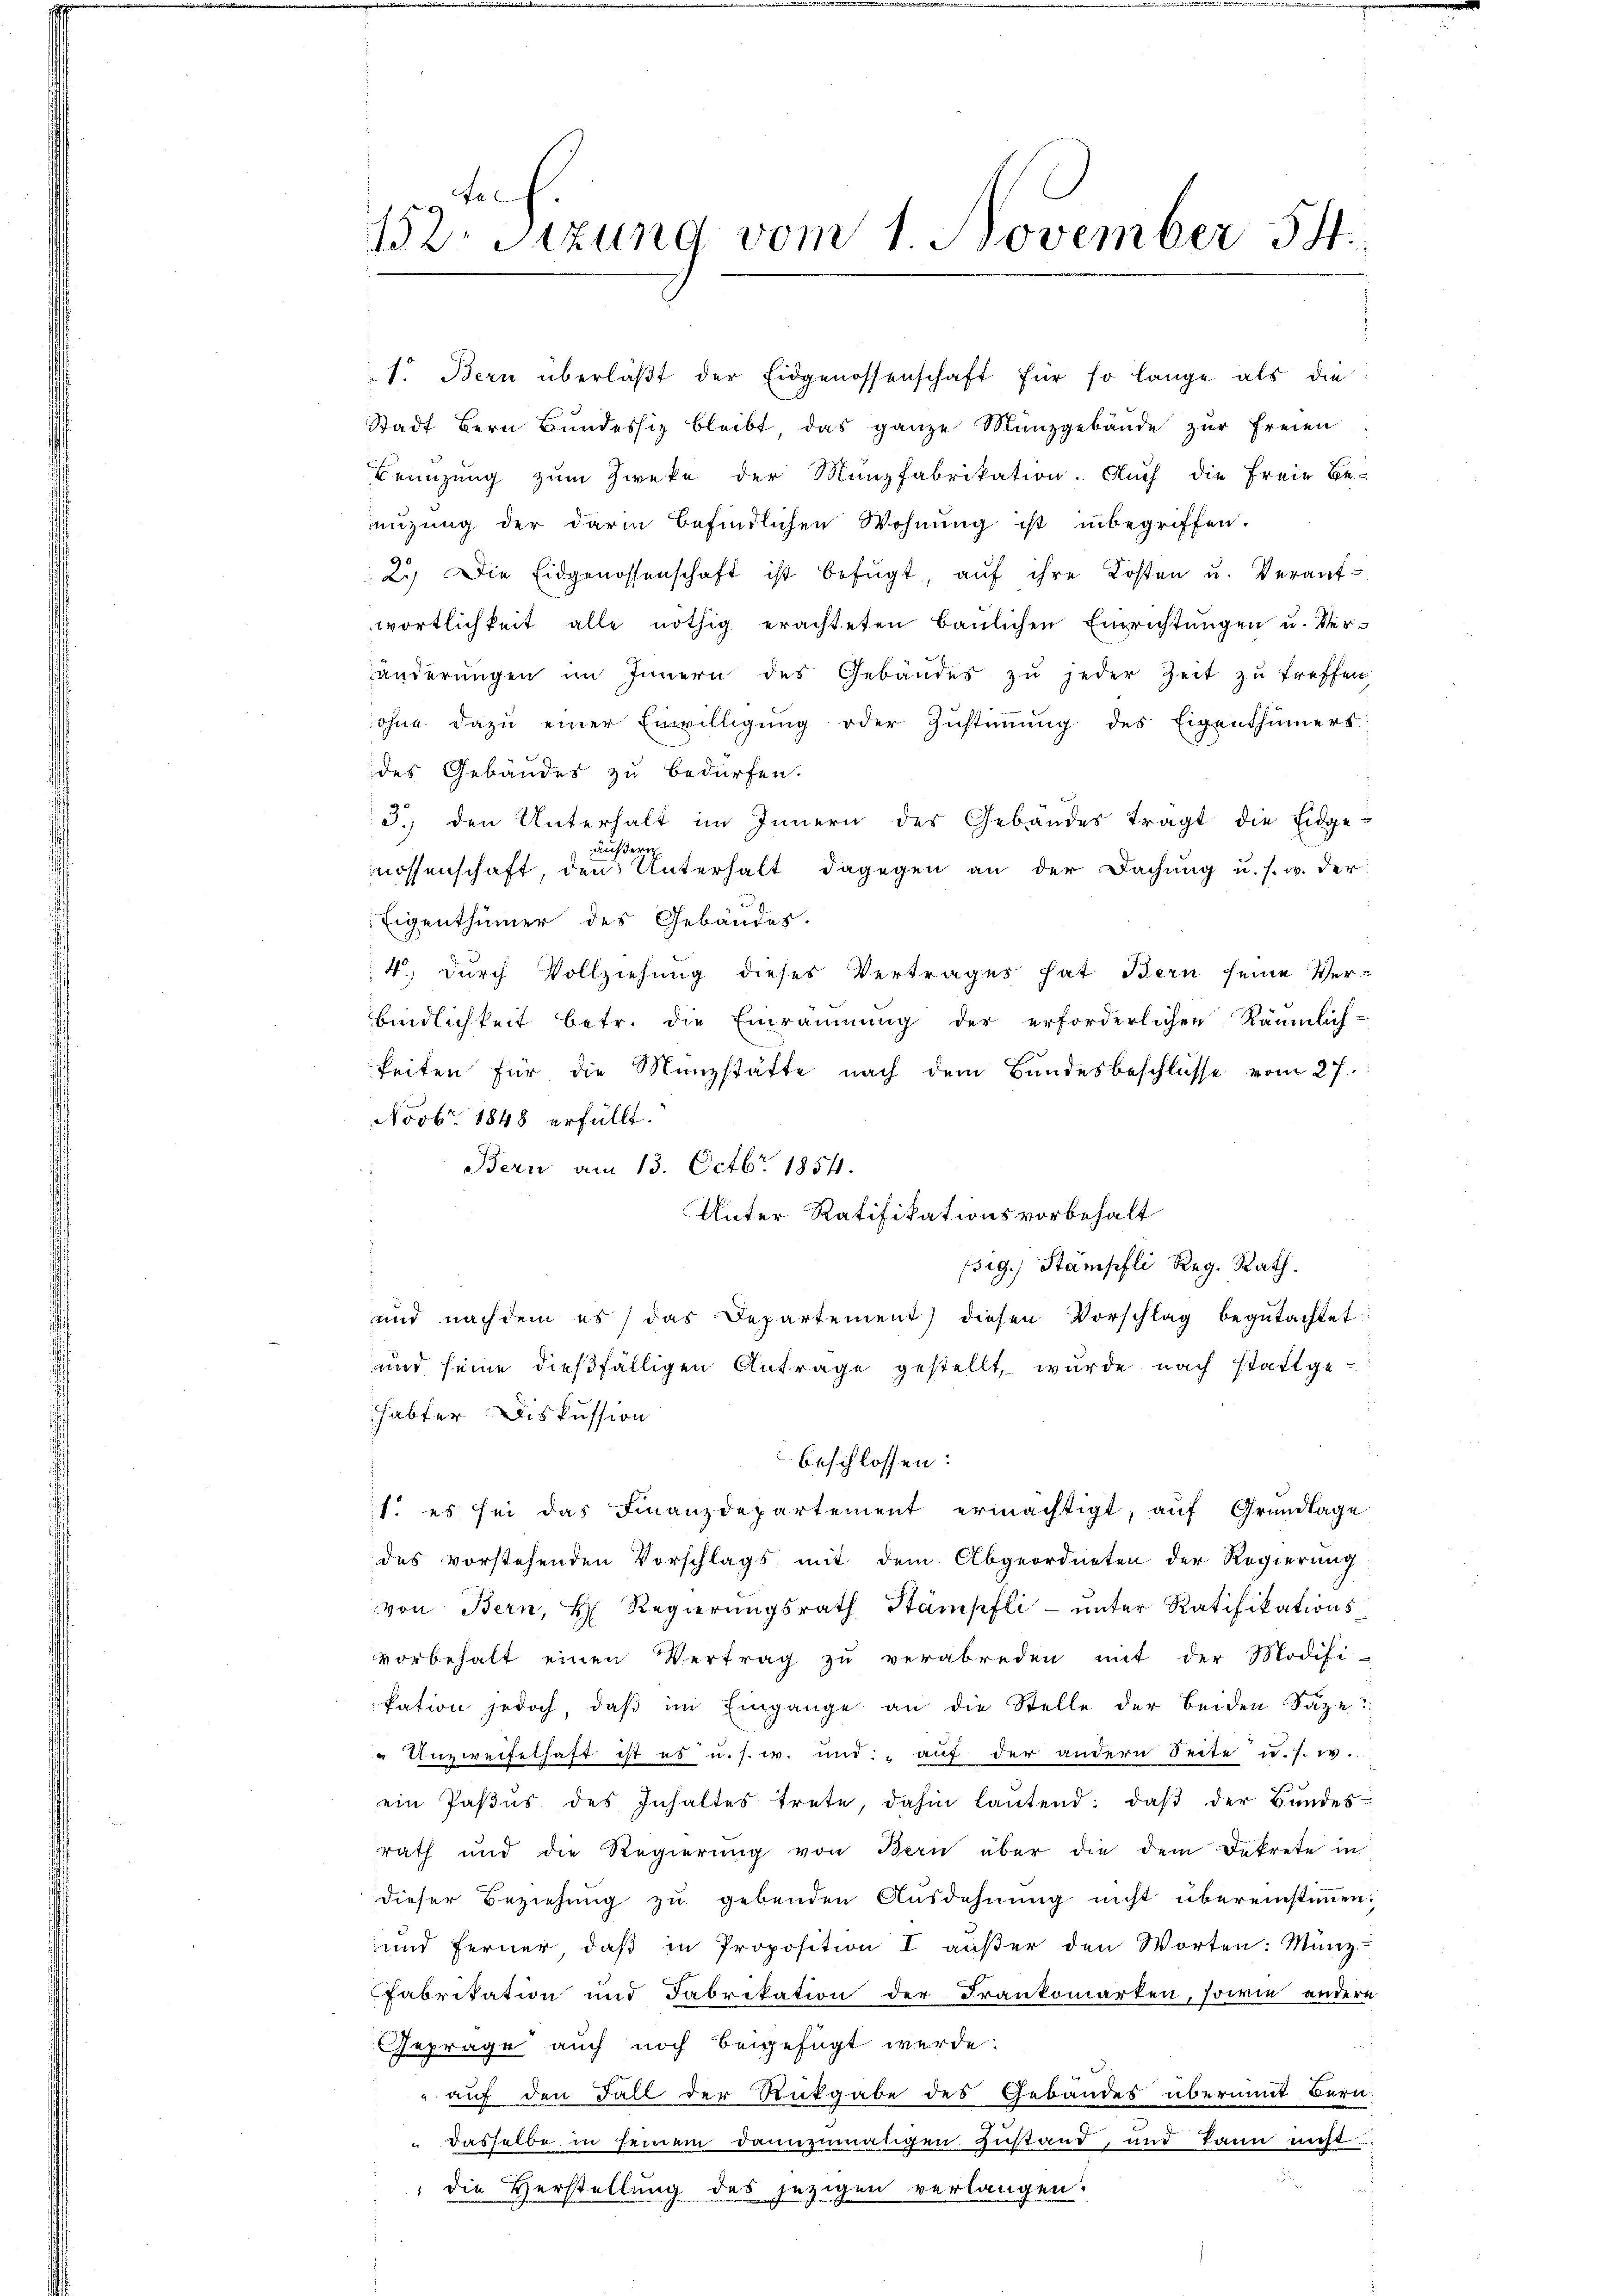
Fa
152. Sitzung vom 1. November 54.

1. Bern überläßt der Eidgenossenschaft für so lange als die
Stadt Bern Bundessiz bleibt, das ganze Münzgebäude zur Freien
Beünzung zum Zweke der Münzfabrikation. Auch die Freie Be-
nüzung der darin befindlichen Wohnung ist inbegriffen.
¬
2.) Die Eidgenossenschaft ist befŭgt, aŭf ihre Kosten u. Verant-
wortlichkeit alle nöthig erachteten baŭlichen Einrichtŭngen u. Ver-
änderungen im Innern des Gebäudes zu jeder Zeit zu treffen
ohne dazu einer Einwilligung oder Zustimmung des Eigenthümers
des Gebäudes zu bedürfen.
3.) den Unterhalt im Innern des Gebäudes tragt die Eidgeäufdern
nossenschaft, den Unterhalt dagegen an der Dachung u. s. w. der
Eigenthümer des Gebäudes.
4.) Durch Vollziehung dieses Vertrages hat Bern seine Ver-
bindlichkeit betr. die Einräumung der erforderlichen Räumlich-
keiten für die Münzstätte nach dem Bundesbeschlüsse vom 27.
Novbr. 1848 erfüllt.
Bern am 13. Octbr. 1854.
Unter Ratifikationsvorbehalt
sig.) Stampfli Reg. Rath.
und nachdem es das Departement) diesen Vorschlag begutachtet
und seine dießfälligen Antrage gestellt, wurde nach stattgehabter Diskussion
beschlossen:
1. es sei das Finanzdepartement ermächtigt, auf Grundlage
des vorstehenden Vorschlags mit dem Abgeordneten der Regierung
von Bern, H. Regierungsrath Stämpfli - unter Ratifikationsvorbehalt einen Vertrag zŭ verabreden mit der Modifi-
kation jedoch, daß im Eingange an die Stelle der beiden Saze
" Unzweifelhaft ist es u. s. w. und aŭf der andern Seite u. s. w.
ein Paβŭs des Inhaltes trete, dahin lantend: daβ der Bŭndes-
rath und die Regierung von Bern über die dem Dekrete in
dieser Beziehung zu gebenden Ausdehnung nicht übereinstimmen:
und ferner daβ in Proposition I aŭβer den Worten: Münz-
Fabrikation und Fabrikation der Frankomarten, sowie andern
Gepräge auch noch beigefügt werde.
" auf den Fall der Rückgabe des Gebäudes übermit Bern.
 dasselbe in seinem dannzumaligen Zustand, und kann nicht
die Herstellung des jezigen verlangen: